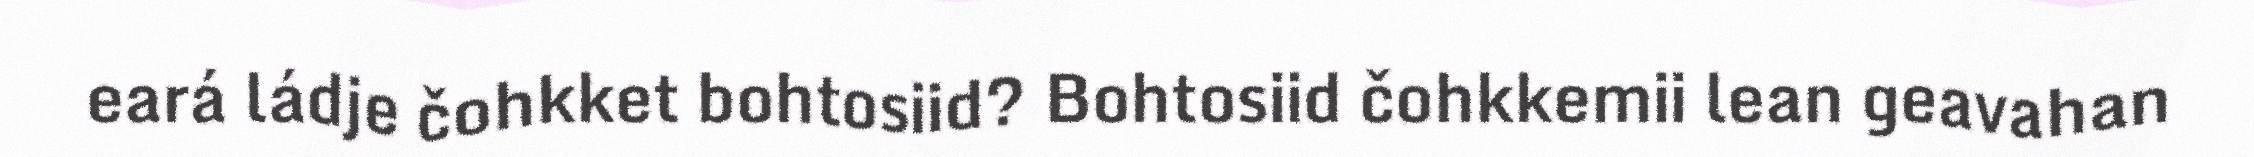
eará ládje čohkket bohtosiid? Bohtosiid čohkkemii lean geavahan